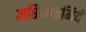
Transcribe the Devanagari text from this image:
ज्ञप्तिमात्रमिदं